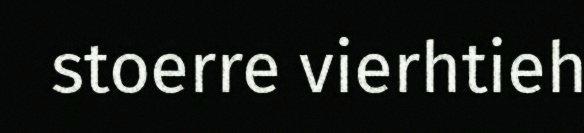
stoerre vierhtieh